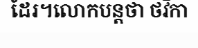
ដែរ។លោកបន្តថា ថវិកា